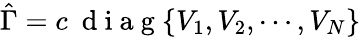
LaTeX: \hat{\Gamma}=c~\mathrm{~d~i~a~g~}\{ V_{1},V_{2},\cdots,V_{N}\}